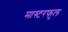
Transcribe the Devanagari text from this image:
मास्टरफुल